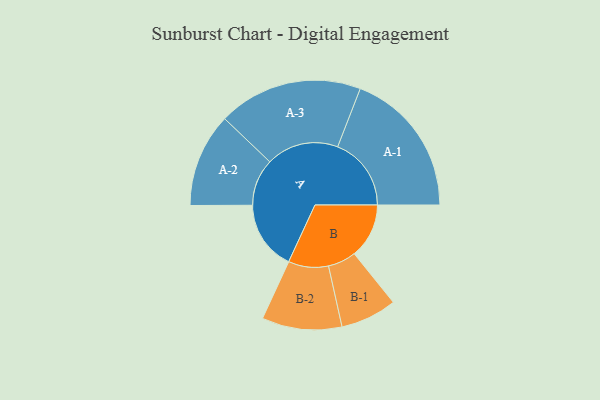
{"axis": {"x": "Segment", "y": "Value"}, "legend": ["", "A", "B"], "data": [{"x": "A", "y": 269, "type": ""}, {"x": "B", "y": 212, "type": ""}, {"x": "A-1", "y": 285, "type": "A"}, {"x": "A-2", "y": 182, "type": "A"}, {"x": "A-3", "y": 280, "type": "A"}, {"x": "B-1", "y": 109, "type": "B"}, {"x": "B-2", "y": 155, "type": "B"}]}